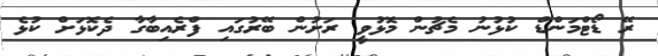
ރޭ ޑޯޓްމަންޑް ކުޅުނު މެޗުން މޮޅުވީ ރަށުން ބޭރުގައި ފްރެއިބާގާ ދެކޮޅަށް ކުޅެ